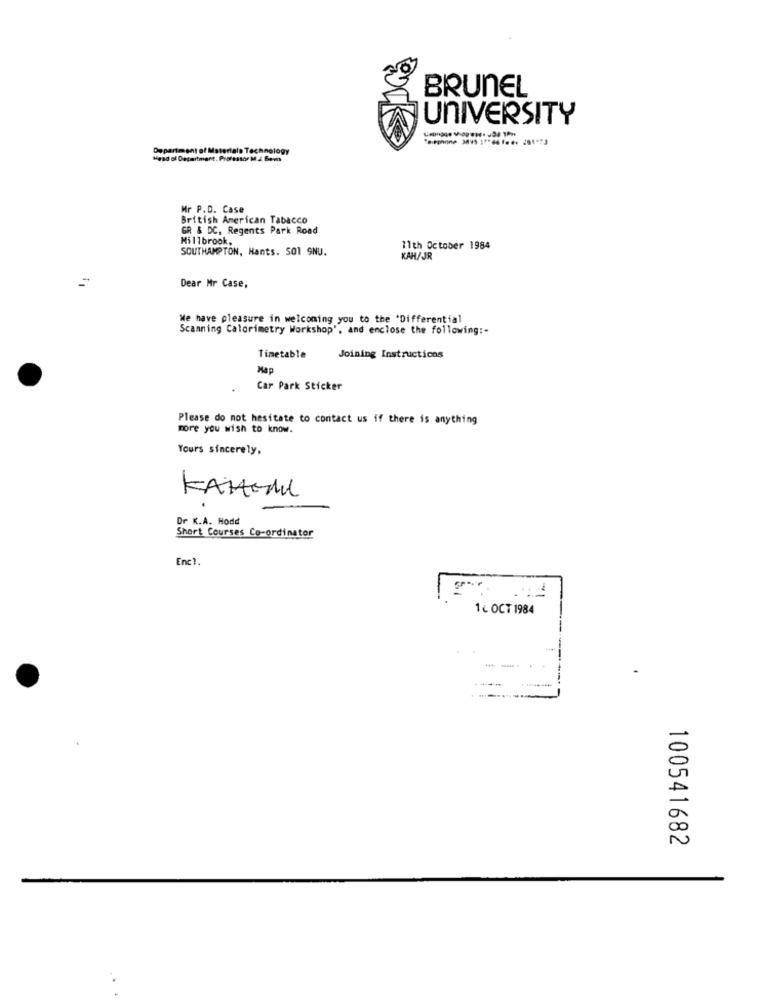
BRUNEL
UNIVERSITY
Department of Materials Technology
Head of Department. Professor M.J. Bem
Mr P.D. Case
British American Tabacco
GR & DC, Regents Park Road
Millbrook,
SOUTHAMPTON, Hants. SO1 9NU.
11th October 1984
KAH/JR
Dear Mr Case,
We have pleasure in welcoming you to the 'Differential
Scanning Calorimetry Workshop', and enclose the following :-
Timetable
Joining Instructions
Map
Car Park Sticker
Please do not hesitate to contact us if there is anything
more you wish to know.
Yours sincerely,
KAHEMUL
.
Dr K.A. Hodd
Short Courses Co-ordinator
Enc ?.
1 c OCT 1984
100541682